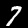
Label: 7